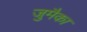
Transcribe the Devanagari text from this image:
जुमैका